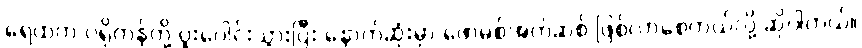
ရေထဲက ပရိုတွန်တို့ ပူးပေါင်းသွားပြီး နောက်ဆုံးမှာ ဖောမစ်အက်ဆစ် ဖြစ်လာစေတယ်လို့ ဆိုပါတယ်။